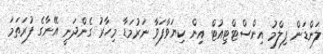
ލަންޑަން ފިލްމު އިންސްޓްޓިއުޓް އިން ކިޔަވާފަވާ ނަރުމަޑާ މިހާރު ގެންދަނީ އޭނާގެ ފުރަތަމަ